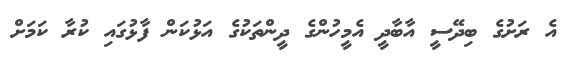
އެ ރަށުގެ ބިދޭސީ އާބާދީ އެމީހުންގެ ދީންތަކުގެ އަޅުކަން ފާޅުގައި ކުރާ ކަމަށް